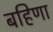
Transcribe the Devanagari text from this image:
बहिणा